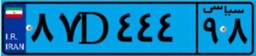
۷۹D۲۶۰۵۲